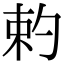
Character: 𠣩